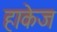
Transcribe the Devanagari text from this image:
हाकेज